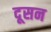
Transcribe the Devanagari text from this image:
दूसन